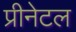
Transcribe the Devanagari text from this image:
प्रीनेटल